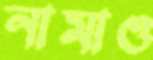
নামাও